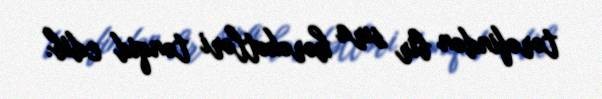
tərəfindən bir sıra hərəkətləri tənqid edib.